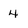
Character: 4